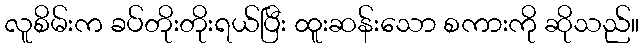
လူစိမ်းက ခပ်တိုးတိုးရယ်ပြီး ထူးဆန်းသော စကားကို ဆိုသည်။